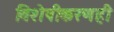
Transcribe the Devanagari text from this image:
विशेषीकरणही